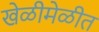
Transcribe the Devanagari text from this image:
खेळीमेळीत